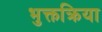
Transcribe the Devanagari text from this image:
भुक्तक्रिया